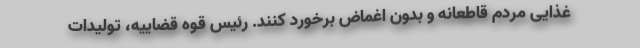
غذایی مردم قاطعانه و بدون اغماض برخورد کنند. رئیس قوه قضاییه، تولیدات